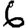
Digit: 6